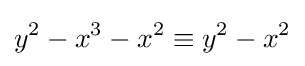
y^{2}-x^{3}-x^{2}\equiv y^{2}-x^{2}